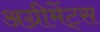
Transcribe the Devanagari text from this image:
अग्रीमेंट्स